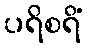
ပရိစရိံ